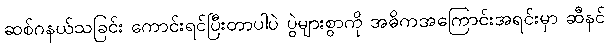
ဆစ်ဂနယ်သခြင်း ကောင်းရင်ပြီးတာပါပဲ ပွဲများစွာကို အဓိကအကြောင်းအရင်းမှာ ဆီနင်